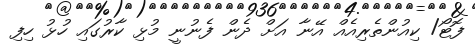
ފޮޓޯ/ ކިއުންތެރިއެއް އޭނާ އަށް ދެން ފެނުނީ މުޅި ކާރުގައި ހުޅު ހިފި